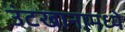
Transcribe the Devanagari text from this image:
उंटखानामध्ये